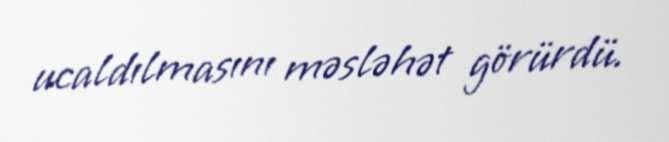
ucaldılmasını məsləhət görürdü.